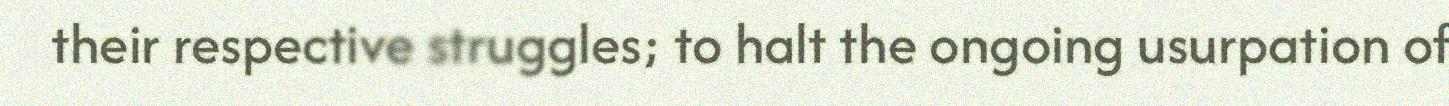
their respective struggles; to halt the ongoing usurpation of